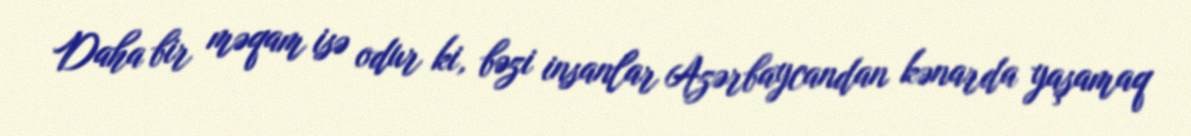
Daha bir məqam isə odur ki, bəzi insanlar Azərbaycandan kənarda yaşamaq